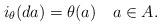
LaTeX: \begin{align*} i_{\theta}(da) = \theta(a) \quad a\in A.\end{align*}